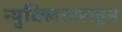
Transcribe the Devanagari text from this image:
न्युक्लिअसहून